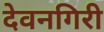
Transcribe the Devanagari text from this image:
देवनगिरी